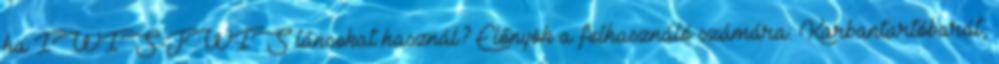
ha IWIS-JWIS láncokat használ? Előnyök a felhasználó számára: Karbantartóbarát,